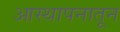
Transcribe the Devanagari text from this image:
आस्थापनातून